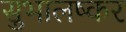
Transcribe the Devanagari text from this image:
सुभालष्कर